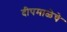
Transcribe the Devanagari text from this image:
दीपमाळेचे